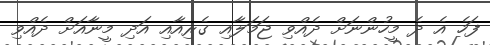
ފަހެ އެ ދެ މީހުންނަށް ދެއްވި ޖަމަލާއި ގެރިއާއި އަދި މީނާއަށް ދެއްވި